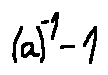
( a ) ^ { - 1 } - 1